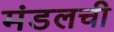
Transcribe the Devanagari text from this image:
मंडलची